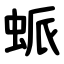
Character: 䖰